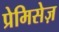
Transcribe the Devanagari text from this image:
प्रेमिसेज़